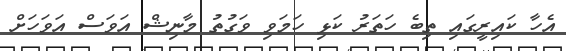
އެހާ ކައިރީގައި ތިބެ ހަތަރު ކަޅި ހަމަވި ވަގުތު މާނިޝް އަވަސް އަވަހަށް